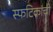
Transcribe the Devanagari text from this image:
स्फटिकांची